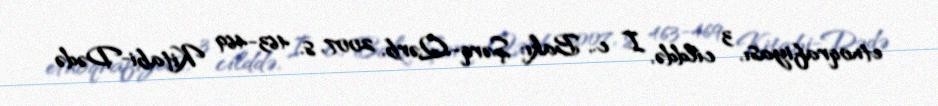
etnoqrafiyası, 3 cilddə, I c., Bakı: Şərq-Qərb, 2007, s. 463-469 Kitabi-Dədə